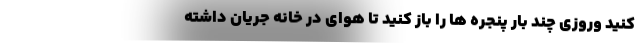
کنید وروزی چند بار پنجره ها را باز کنید تا هوای در خانه جریان داشته